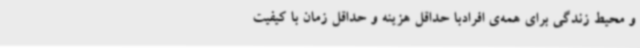
و محیط زندگی برای همه‌ی افرادبا حداقل هزینه و حداقل زمان با کیفیت